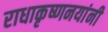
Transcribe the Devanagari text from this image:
राधाकृष्णनयांनी